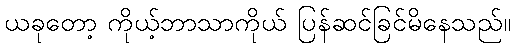
ယခုတော့ ကိုယ့်ဘာသာကိုယ် ပြန်ဆင်ခြင်မိနေသည်။